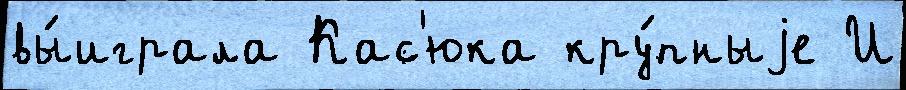
вы́играла Кас'юка кру́пныjе И